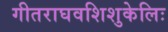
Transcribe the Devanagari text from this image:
गीतराघवशिशुकेलिः